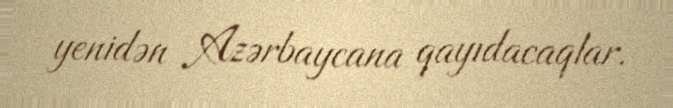
yenidən Azərbaycana qayıdacaqlar.